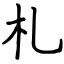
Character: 札